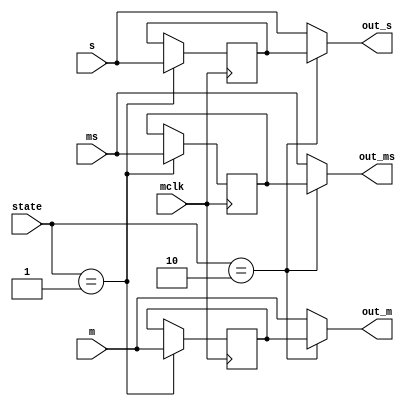
module output_sel (
		  input  mclk,
        input  [1:0] state,
        input  [7:0] ms, s, m,
        output wire [7:0] out_ms, out_s, out_m
);

reg  [7:0] lp_ms = 8'b0, lp_s = 8'b0, lp_m = 8'b0;

assign out_ms = ((state==2'd2) ? lp_ms : ms);
assign out_s  = ((state==2'd2) ? lp_s : s);
assign out_m  = ((state==2'd2) ? lp_m : m);

always @(posedge mclk)
begin
	if(state == 2'd1) begin
		lp_ms <= ms;
		lp_s <= s;
		lp_m <= m;
	end
end

endmodule